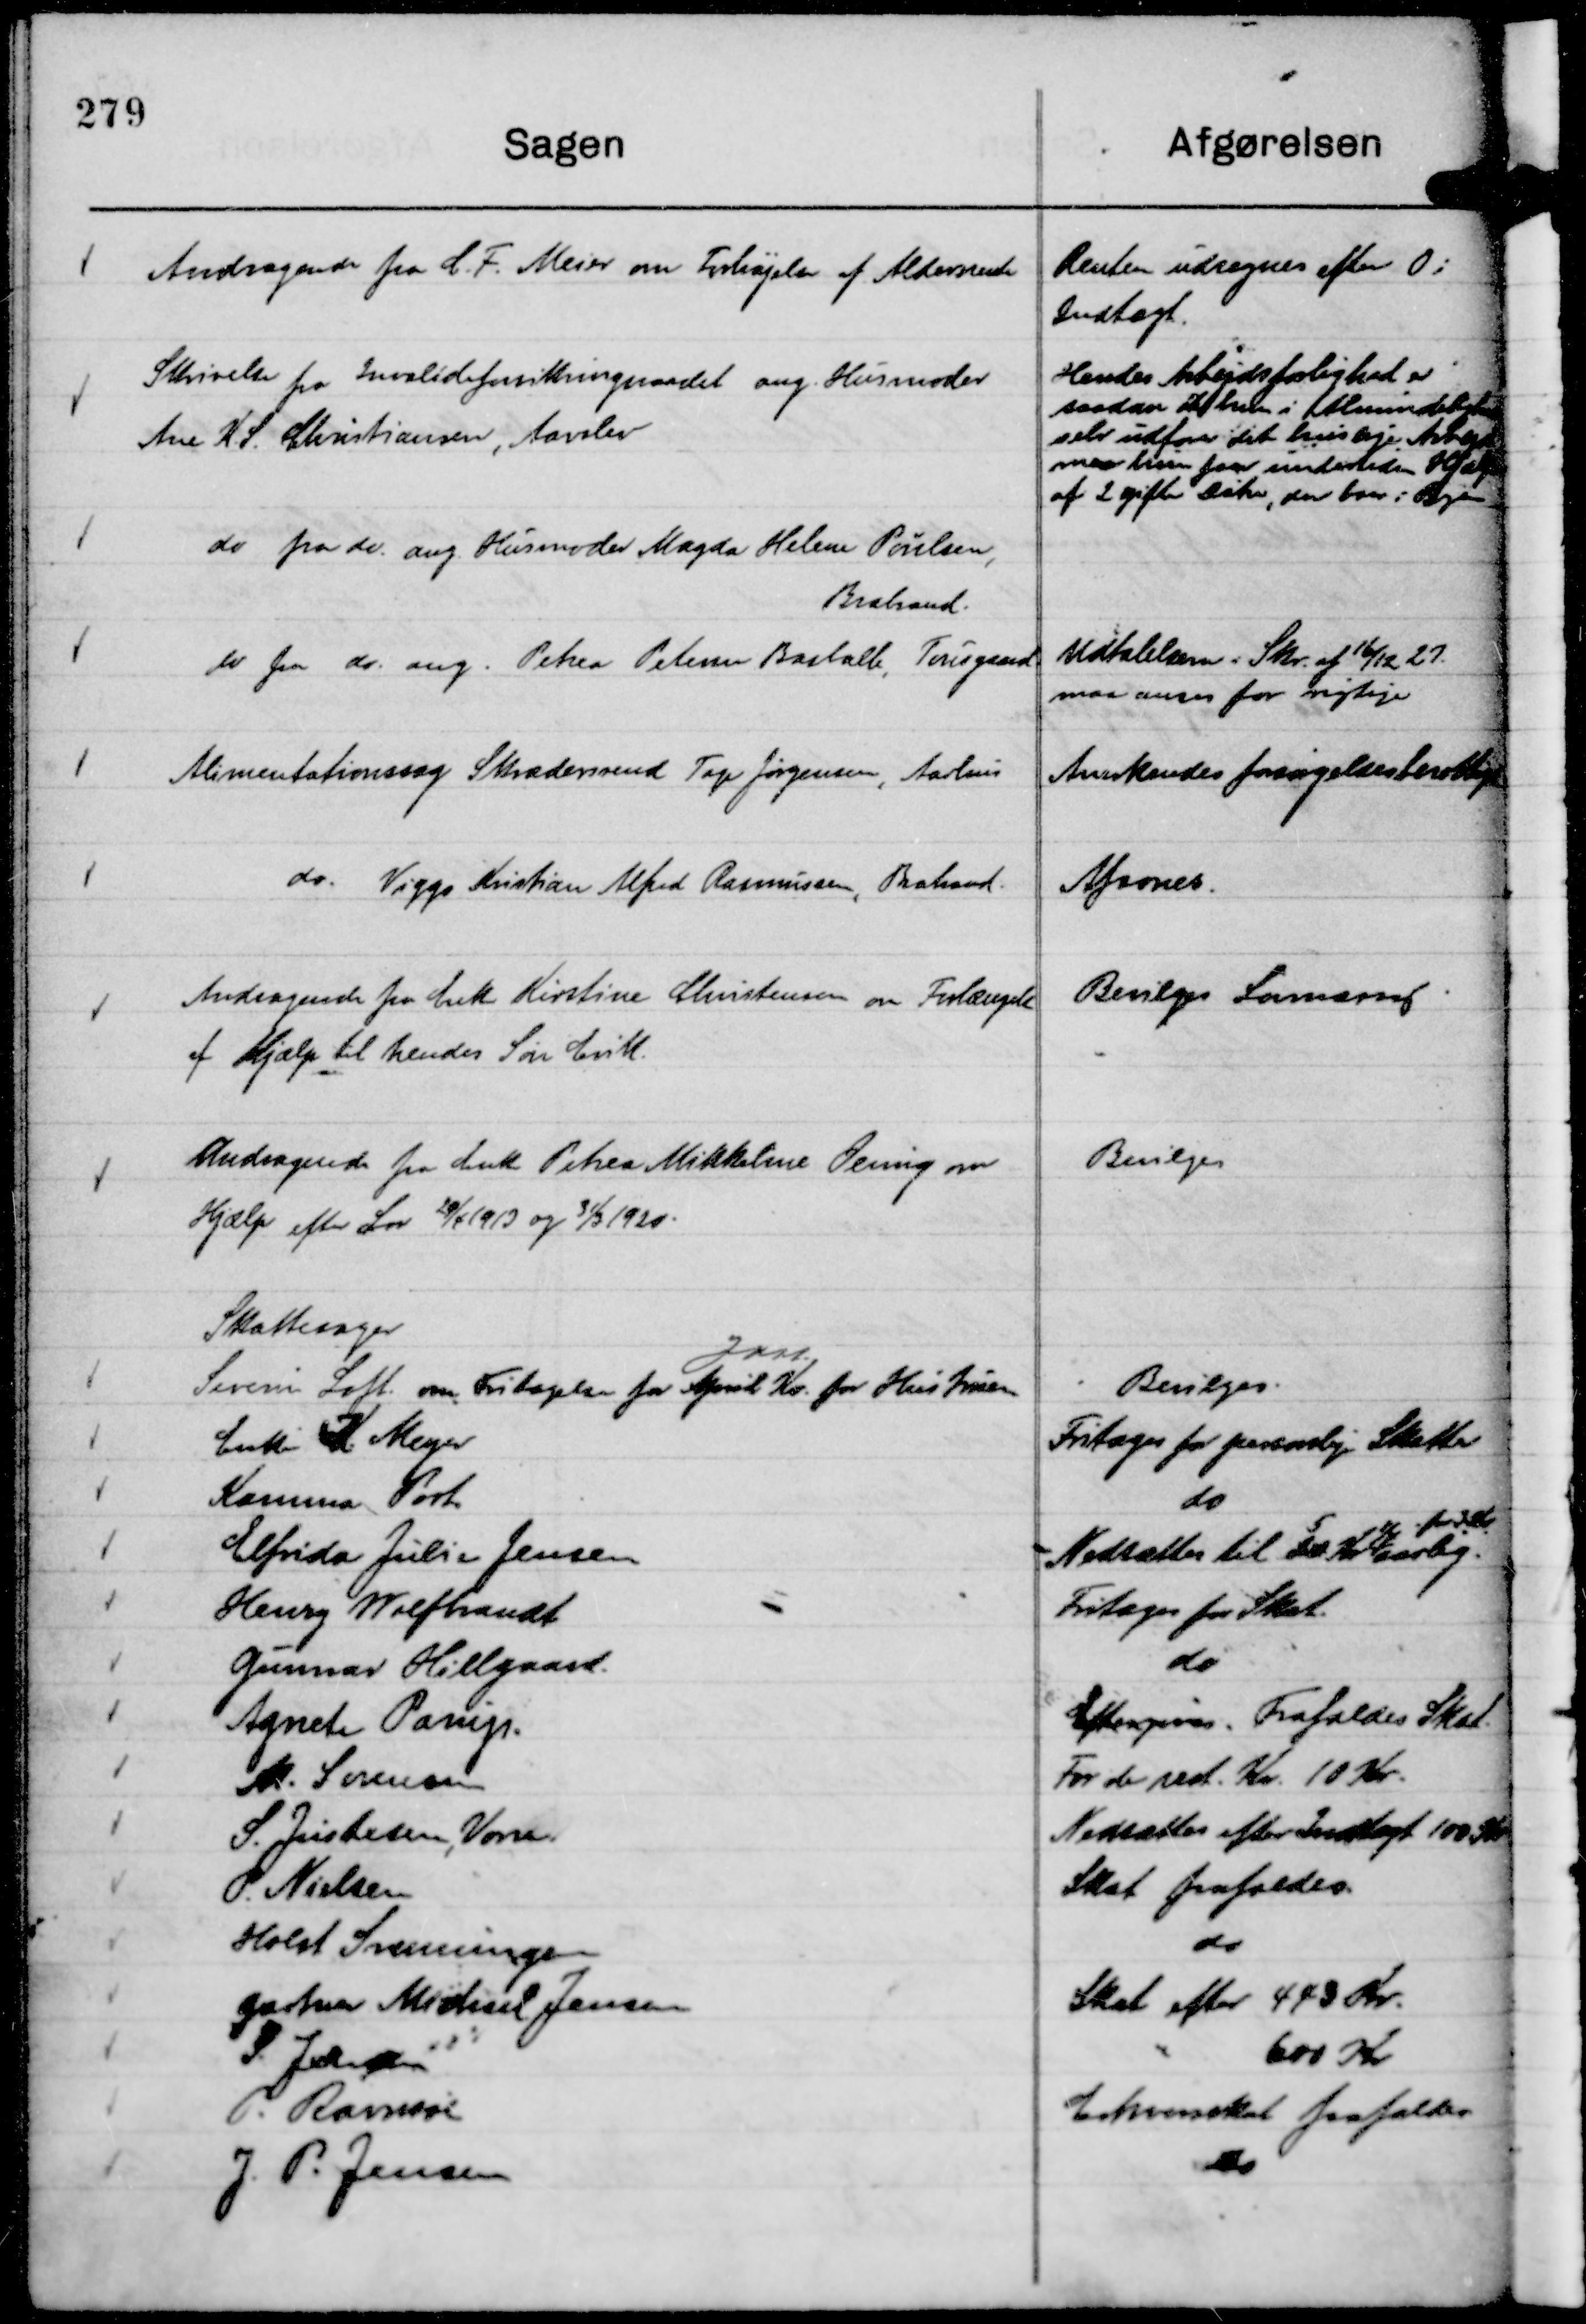
Transskription:
Andragende fra C. F. Meier om Forhøjelse af Aldersrente

Renten udregnes efter 0 i
Indtægt.

Skrivelse fra Invalideforsikringsraadet ang. Husmoder
Ane K. S. Christiansen, Aarslev

Hendes Arbejdsførlighed er
saadan at hun i Almindelighed
selv udfører det huslige Arbejde
men hun faar undertiden Hjælp
af 2 gifte Døtre, der boer i Byen

do fra do. ang. Husmoder Magda Helene Poulsen,
Brabrand.

Udtalelsern i Skr. af 16/12 27.
maa anses for rigtige

do fra do. ang. Petrea Petersen Basballe, Tousgaard

Anerkendes forsørgelsesberettiget

Alimentationssag Skrædersvend Tage Jørgensen, Aarhus

Afsones.

do. Viggo Kristian Alfred Rasmussen, Brabrand.

Bevilges Lovmæssig

Andragende fra Enke Kirstine Christensen om Forlængelse
af Hjælp til hendes Søn Erik.

Bevilges

Andragende fra Enke Petrea Mikkeline Oemig om
Hjælp efter Lov 29/4 1913 og 31/3 1920.